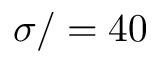
\sigma / = 4 0